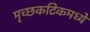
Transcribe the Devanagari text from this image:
मृच्छकटिकमध्ये